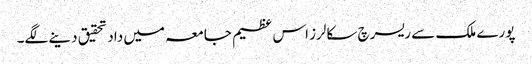
پورے ملک سے ریسرچ سکالرز اس عظیم جامعہ میں داد تحقیق دینے لگے۔